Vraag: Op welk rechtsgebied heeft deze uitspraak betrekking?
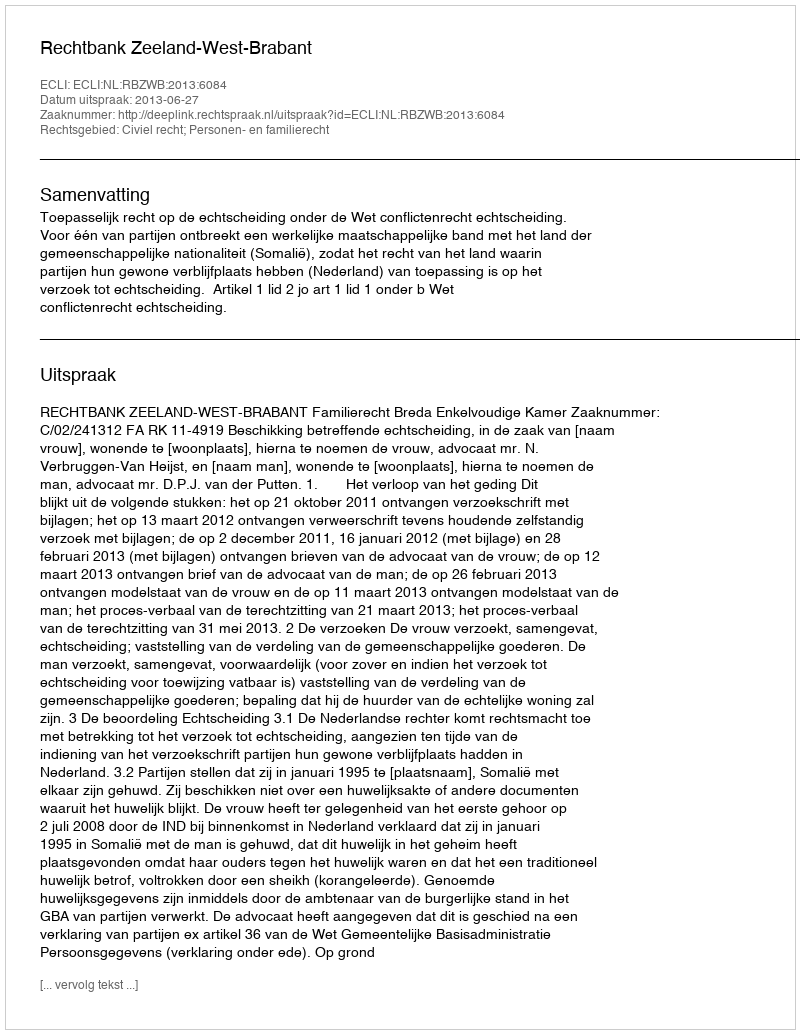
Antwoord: Civiel recht; Personen- en familierecht